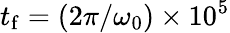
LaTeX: t_{\mathrm{f}}=(2\pi/\omega_{0})\times 10^{5}